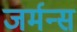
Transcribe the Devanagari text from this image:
जर्मन्स